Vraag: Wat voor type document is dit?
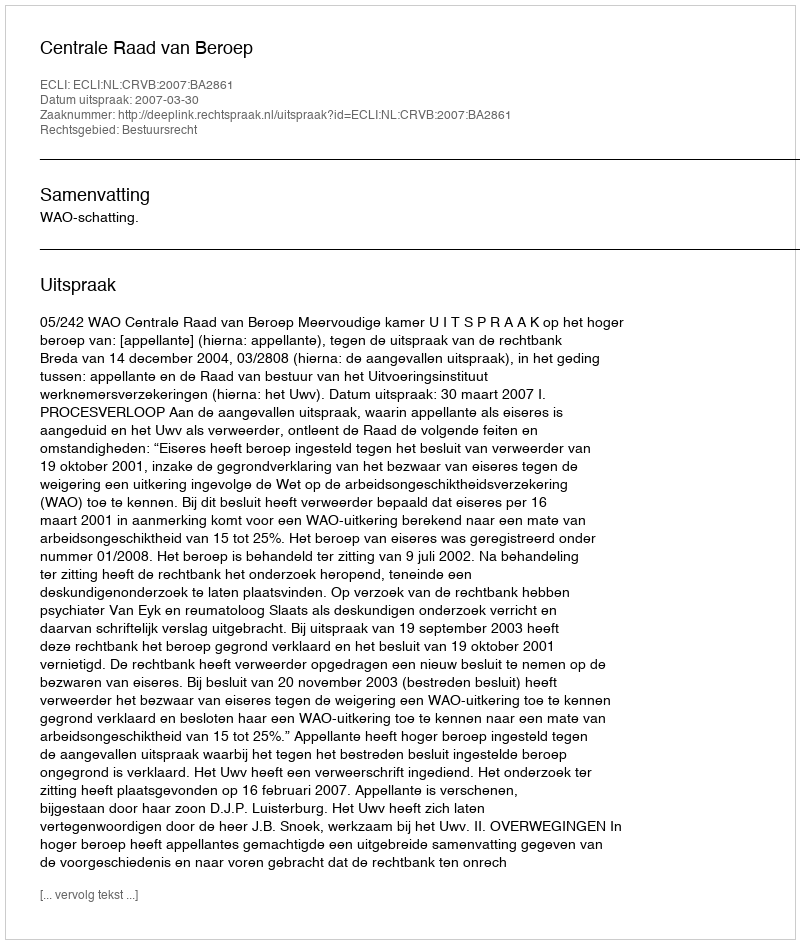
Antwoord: Uitspraak